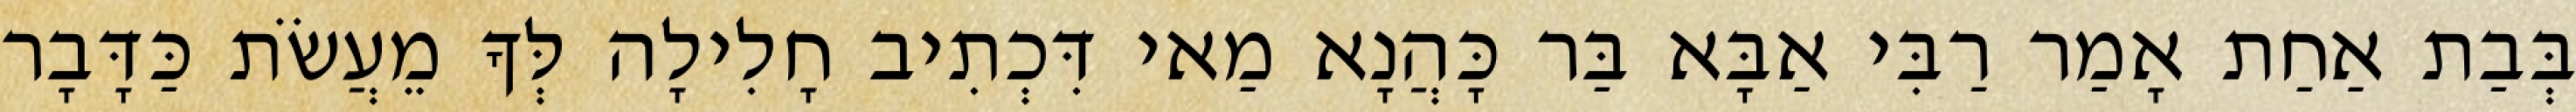
בְּבַת אַחַת אָמַר רַבִּי אַבָּא בַּר כָּהֲנָא מַאי דִּכְתִיב חָלִילָה לְּךָ מֵעֲשֹׂת כַּדָּבָר